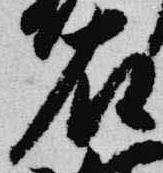
右